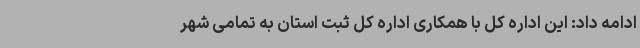
ادامه داد: این اداره کل با همکاری اداره کل ثبت استان به تمامی شهر